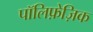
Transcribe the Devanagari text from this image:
पॉलिफ़ेज़िक